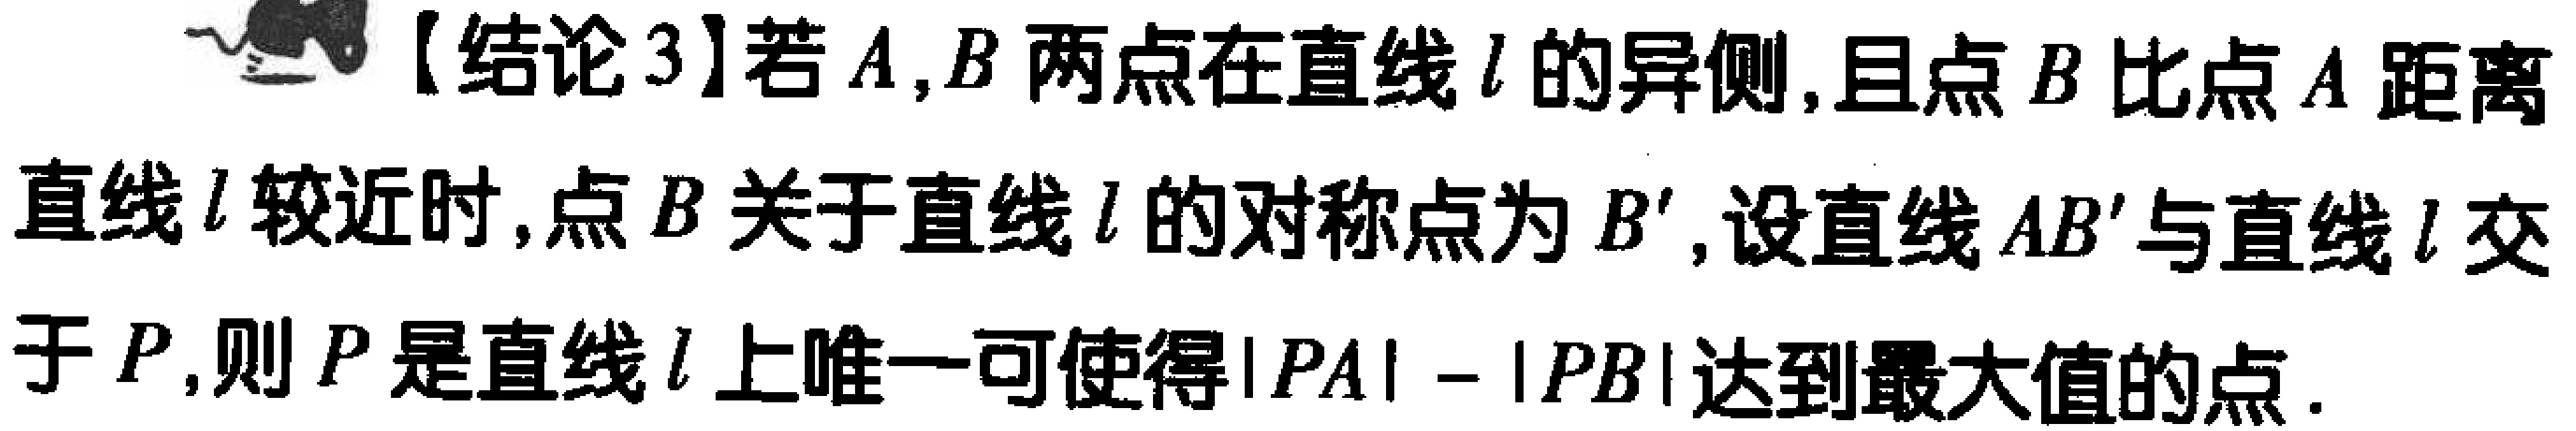
【结论3】若\(A,B\)两点在直线\(l\)的异侧,且点\(B\)比点\(A\)距离直线\(l\)较近时,点\(B\)关于直线\(l\)的对称点为\(B'\),设直线\(AB'\)与直线\(l\)交于\(P\),则\(P\)是直线\(l\)上唯一可使得\(\vert PA\vert - \vert PB\vert\)达到最大值的点.